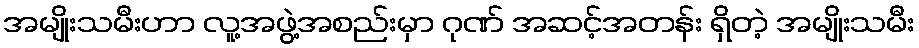
အမျိုးသမီးဟာ လူ့အဖွဲ့အစည်းမှာ ဂုဏ် အဆင့်အတန်း ရှိတဲ့ အမျိုးသမီး